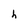
Character: h